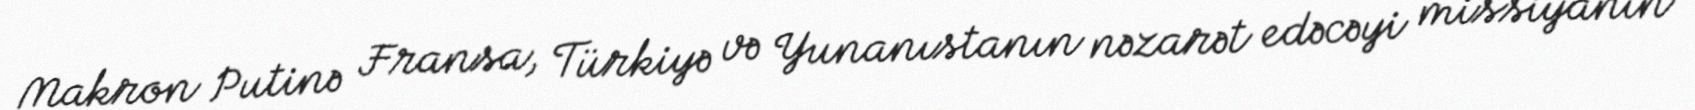
Makron Putinə Fransa, Türkiyə və Yunanıstanın nəzarət edəcəyi missiyanın